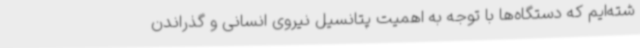
شته‌ایم که دستگاه‌ها با توجه به اهمیت پتانسیل نیروی انسانی و گذراندن